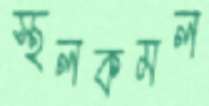
স্থলকমল